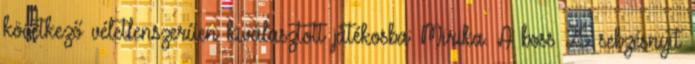
következő véletlenszerűen kiválasztott játékosba: Mirika. A boss 25 sebzésnyit